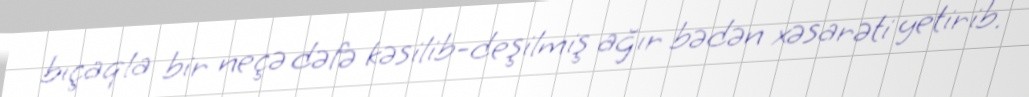
bıçaqla bir neçə dəfə kəsilib-deşilmiş ağır bədən xəsarəti yetirib.